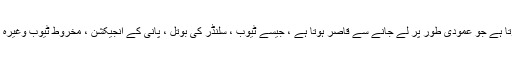
2. خود بخود سلنڈر یا چھوٹی مخروطی مصنوعات پر چپکنے والے لیبل لگنے کے لئے استعمال ہوتا ہے جو عمودی طور پر لے جانے سے قاصر ہوتا ہے ، جیسے ٹیوب ، سلنڈر کی بوتل ، پانی کے انجیکشن ، مخروط ٹیوب وغیرہ اعلی لیبلنگ صحت سے متعلق ، مستحکم کام کی صلاحیت ، صاف ، کوئی شیکن نہیں ، کوئی بلبلہ۔